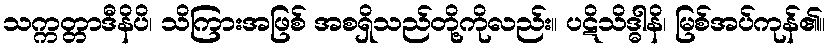
သက္ကတ္တာဒီနိပိ၊ သိကြားအဖြစ် အစရှိသည်တို့ကိုလည်း။ ပဋိသိဒ္ဓါနိ၊ မြစ်အပ်ကုန်၏။